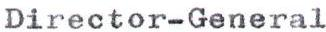
Director-General